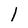
Character: l